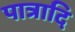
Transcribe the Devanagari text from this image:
पात्रादि